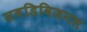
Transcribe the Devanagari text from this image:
सबडिविजनल